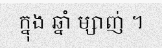
ក្នុង ឆ្នាំ ម្សាញ់ ។